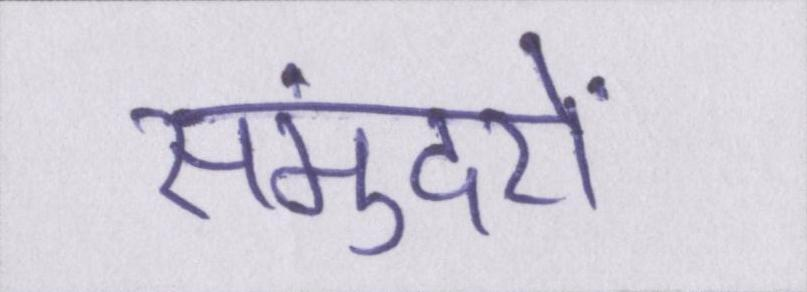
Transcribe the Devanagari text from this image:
समुंदरों